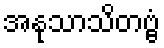
အနုသာသိတဗ္ဗံ